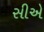
સીએ